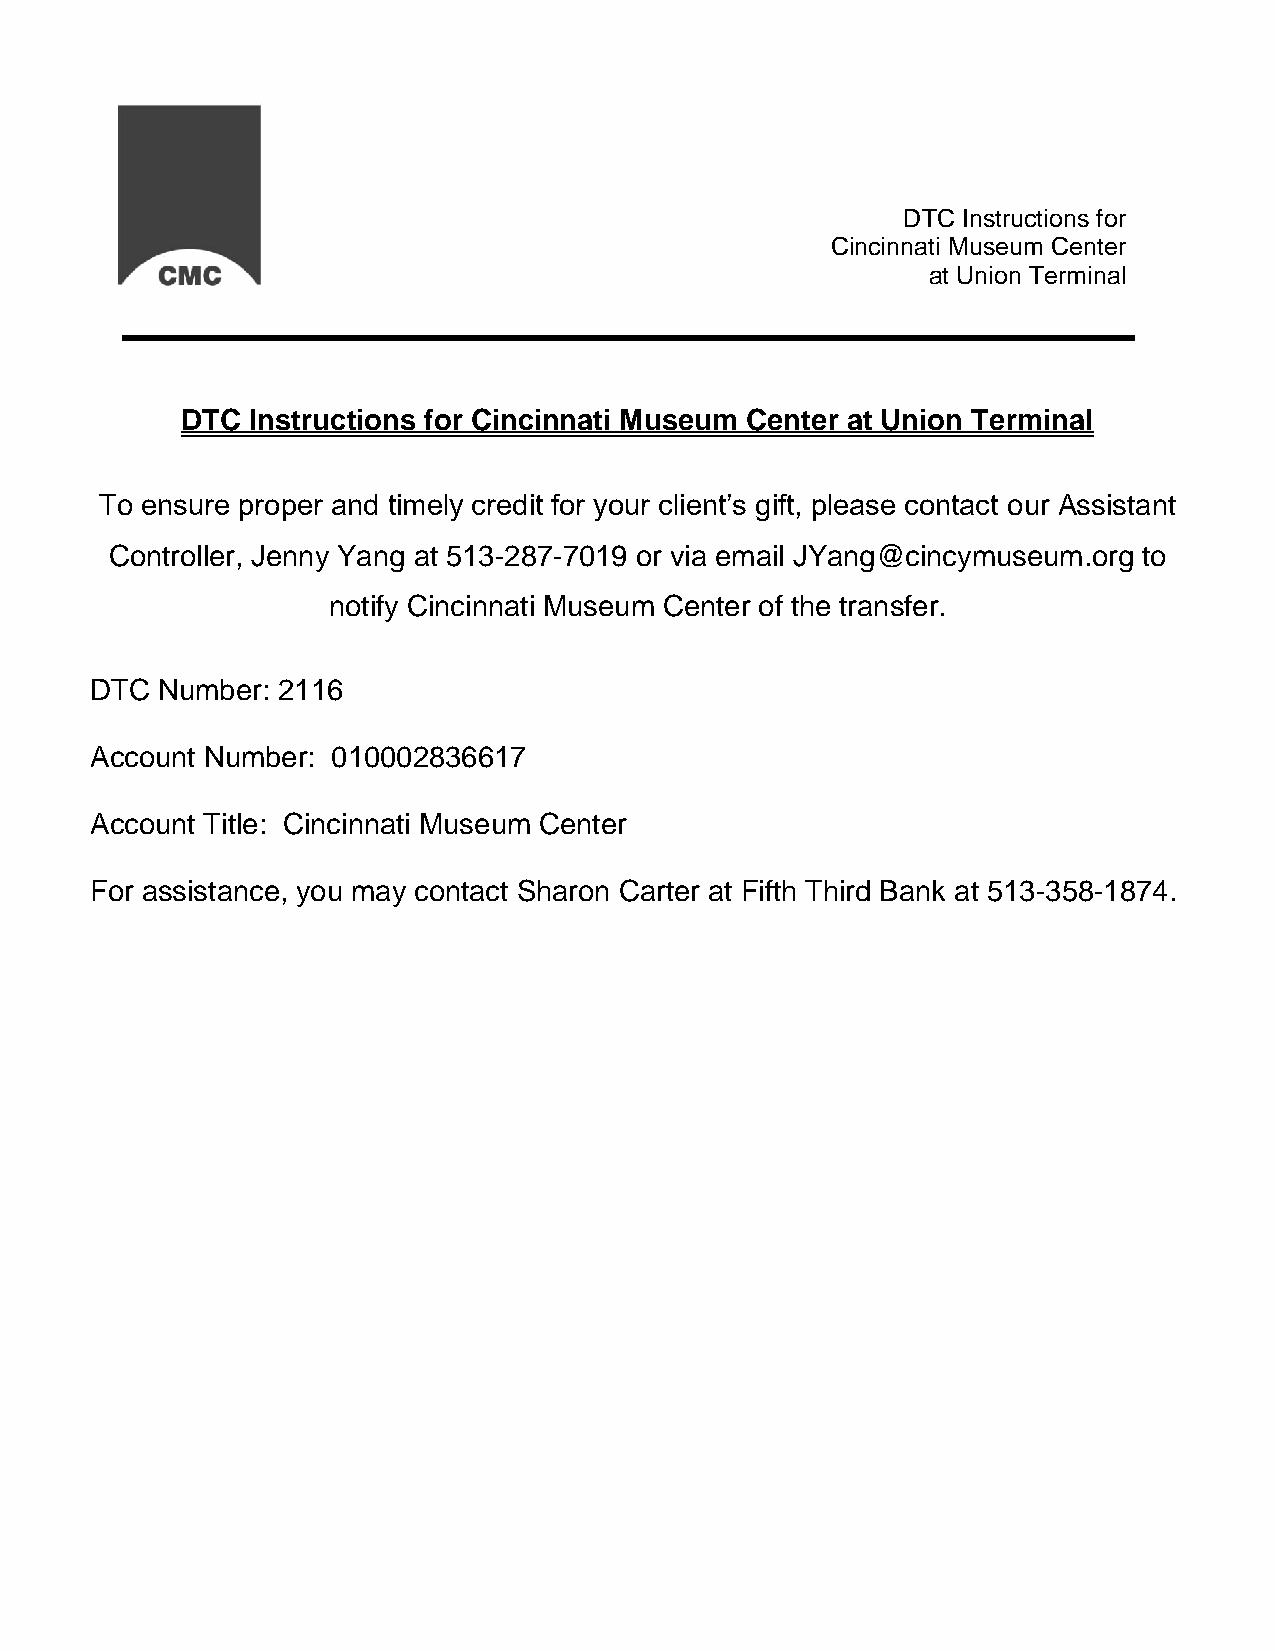
DTC Instructions for
 Cincinnati Museum Center
 at Union Terminal
 DTC  Instructions for Cincinnati Museum Center at Union Terminal
 To ensure proper and timely credit for your client’s gift, please contact our Assistant
 Controller, Jenny Yang at 513-287-7019 or via email JYang@cincymuseum.org to
 notify Cincinnati Museum Center of the transfer.
 DTC Number: 2116
 Account Number: 010002836617
 Account Title: Cincinnati Museum Center
 For assistance, you may contact Sharon Carter at Fifth Third Bank at 513-358-1874.